Report on sanitation, dispensaries, and jails in Rajputana for 1921, and on vaccination for the year 1921-1922 - 1921-1922
Year: 1921
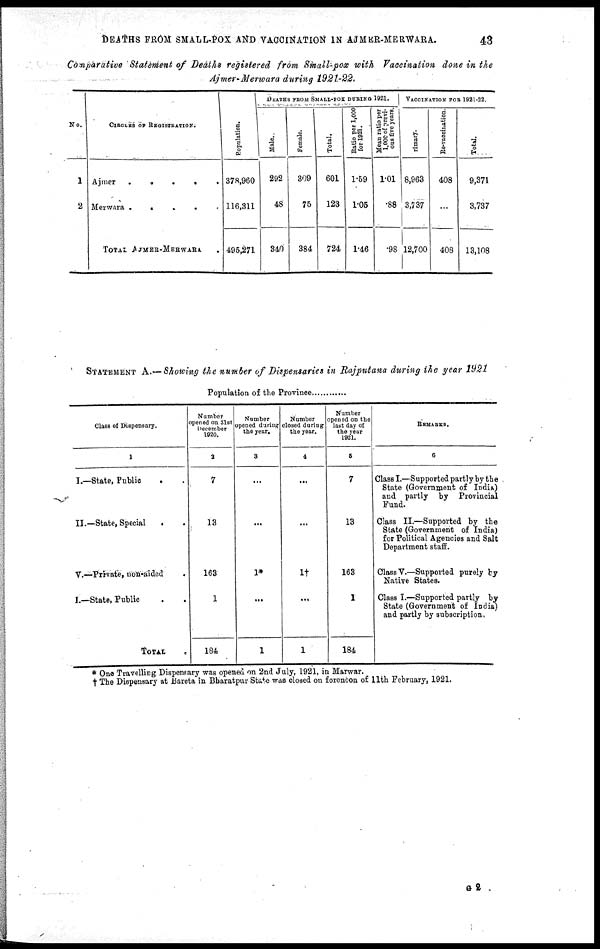
DEATHS FROM SMALL-POX AND VACCINATION IN AJMER-MERWARA.
43
Comparative Statement of Deaths registered from Small-pox with Vaccination done in the
Ajmer-Merwara during 1921-22.
No.
1
2
CIRCLES OF REGISTRATION.
Ajmer.....
Merwara.....
TOTAL AJMER-MERWARA
Population.
378,960
116,311
495,271
DEATHS FROM SMALL-POX DURING 1921.
Male.
292
48
340
Female.
309
75
384
Total.
601
123
724
Ratio per 1,000
for 1931.
1.69
1.05
1.46
Mean ratio per
1,000 of previ-
ous five years.
1.01
.88
.98
VACCINATION FOR 1921-22.
Primary.
8,963
3,737
12,700
Re-vaccination.
408
...
408
Total.
9,371
3,737
13,108
STATEMENT A.— Showing the number of Dispensaries in Rajputana during the year 1921
Population of the Province
Class of Dispensary.
1
I.—State, Public..
II.—State, Special..
V.—Private, non-aided.
L—State, Public..
TOTAL.
Number
opened on 31st
December
1920.
2
7
13
163
1
184
Number
opened during
the year.
3
...
...
1*
...
1
Number
closed during
the year.
4
...
...
1†
...
1
Number
opened on the
last day of
the year
1921.
5
7
13
163
1
184
REMARKS.
6
Class I.—Supported partly by the
State (Government of India)
and partly by Provincial
Fund.
Class II.—Supported by the
State (Government of India)
for Political Agencies and Salt
Department staff.
Class V.—Supported purely by
Native States.
Class I.—Supported partly by
State (Government of India)
and partly by subscription.
* One Travelling Dispensary was opened on 2nd July, 1921, in Marwar.
† The Dispensary at Bareta in Bharatpur State was closed on forenoon of 11th February, 1921.
G 2